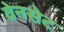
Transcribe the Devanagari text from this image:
वेनसेट